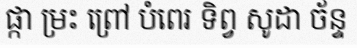
ផ្កា ម្រះ ព្រៅ បំពេរ ទិព្វ សូដា ច័ន្ទ